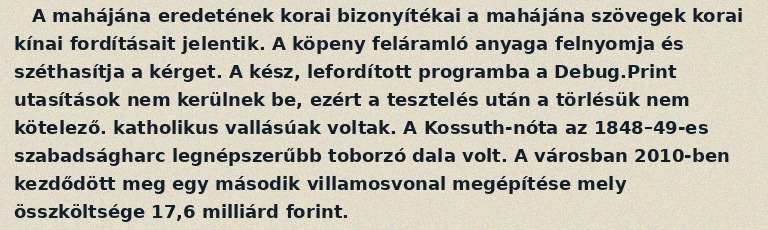
A mahájána eredetének korai bizonyítékai a mahájána szövegek korai kínai fordításait jelentik. A köpeny feláramló anyaga felnyomja és széthasítja a kérget. A kész, lefordított programba a Debug.Print utasítások nem kerülnek be, ezért a tesztelés után a törlésük nem kötelező. katholikus vallásúak voltak. A Kossuth-nóta az 1848–49-es szabadságharc legnépszerűbb toborzó dala volt. A városban 2010-ben kezdődött meg egy második villamosvonal megépítése mely összköltsége 17,6 milliárd forint.